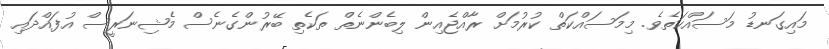
މައިގަނޑު މަސައްކަތެވެ. މިމަސައްކަތް ކުރުމަށް ރާއްޖެއިން ލިބެންނެތް ތަކެތި ބޭރުންގެނެސް މެޝިނަރީސް އުފައްދައި